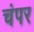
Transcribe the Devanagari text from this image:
चंपर